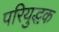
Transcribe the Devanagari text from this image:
परियुद्धक